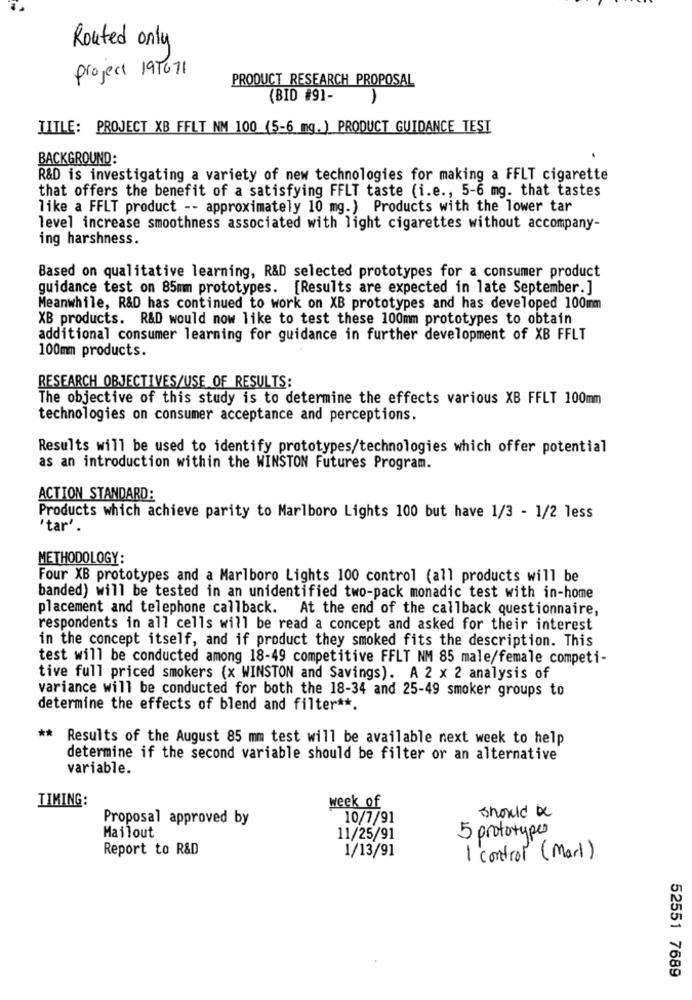
Routed only
project 191671
PRODUCT RESEARCH PROPOSAL
(BID #9]-
1
TITLE: PROJECT XB FFLT NM 100 (5-6 mg.) PRODUCT GUIDANCE TEST
BACKGROUND:
R&D is investigating a variety of new technologies for making a FFLT cigarette
that offers the benefit of a satisfying FFLT taste (i.e ., 5-6 mg. that tastes
like a FFLT product -- approximately 10 mg.) Products with the lower tar
level increase smoothness associated with light cigarettes without accompany-
ing harshness.
Based on qualitative learning, R&D selected prototypes for a consumer product
guidance test on 85mm prototypes. [Results are expected in late September.]
Meanwhile, R&D has continued to work on XB prototypes and has developed 100mm
XB products. R&D would now like to test these 100mm prototypes to obtain
additional consumer learning for guidance in further development of XB FFLT
100mm products.
RESEARCH OBJECTIVES/USE OF RESULTS:
The objective of this study is to determine the effects various XB FFLT 100mm
technologies on consumer acceptance and perceptions.
Results will be used to identify prototypes/technologies which offer potential
as an introduction within the WINSTON Futures Program.
ACTION STANDARD:
Products which achieve parity to Marlboro Lights 100 but have 1/3 - 1/2 less
"tar'.
METHODOLOGY:
Four XB prototypes and a Marlboro Lights 100 control (all products will be
banded) will be tested in an unidentified two-pack monadic test with in-home
placement and telephone callback.
At the end of the callback questionnaire,
respondents in all cells will be read a concept and asked for their interest
in the concept itself, and if product they smoked fits the description. This
test will be conducted among 18-49 competitive FFLT NM 85 male/female competi-
tive full priced smokers {x WINSTON and Savings). A 2 x 2 analysis of
variance will be conducted for both the 18-34 and 25-49 smoker groups to
determine the effects of blend and filter **.
** Results of the August 85 mm test will be available next week to help
determine if the second variable should be filter or an alternative
variable.
TIMING:
week of
Proposal approved by
10/7/91
should be
5 prototypes
Mailout
11/25/91
Report to R&D
1/13/91
1 control (Marl)
52551 7689